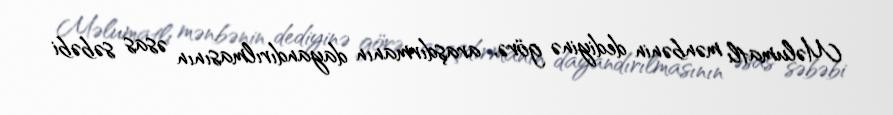
Məlumatlı mənbənin dediyinə görə, araşdırmanın dayandırılmasının əsas səbəbi